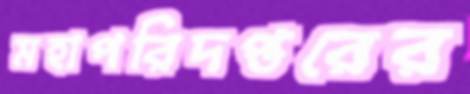
মহাপরিদপ্তরের